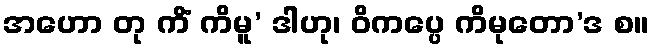
အဟော တု ကိံ ကိမူ’ ဒါဟု၊ ဝိကပ္ပေ ကိမုတော’ဒ စ။